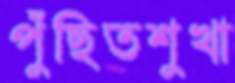
পুঁছিতশুখা